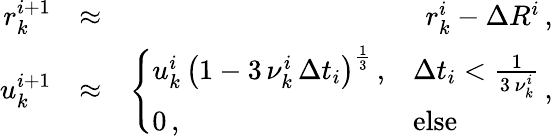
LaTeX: \begin{array}{rlr}{r_{k}^{i+1}}&{\approx}&{r_{k}^{i}-\Delta R^{i}\, ,}\\ {u_{k}^{i+1}}&{\approx}&{\left\{ \begin{array}{ll}{u_{k}^{i}\, \left(1-3\, \nu_{k}^{i}\, \Delta t_{i}\right)^{\frac{1}{3}}\, ,}&{\Delta t_{i}<\frac{1}{3\, \nu_{k}^{i}}}\\ {0\, ,}&{\mathrm{else}}\end{array}\right.\, ,}\end{array}